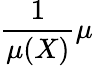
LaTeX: {\frac{1}{\mu(X)}}\mu